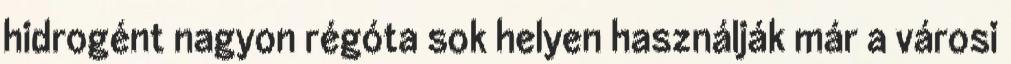
hidrogént nagyon régóta sok helyen használják már a városi